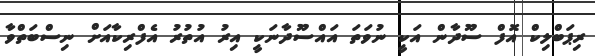
ރިޕަބްލިކް އޮފް ސޫދާން އަކީ ނުވަތަ އައްސޫދާނަކީ އިރު އުތުރު އެފްރިކާއަށް ނިސްބަތްވާ